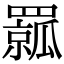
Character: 𦌦